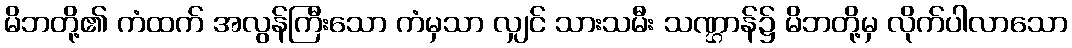
မိဘတို့၏ ကံထက် အလွန်ကြီးသော ကံမှသာ လျှင် သားသမီး သဏ္ဌာန်၌ မိဘတို့မှ လိုက်ပါလာသော